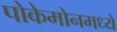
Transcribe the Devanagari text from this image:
पोकेमोनमध्ये